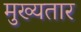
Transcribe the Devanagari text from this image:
मुख्यतार